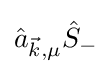
{\hat {a}}_{{\vec {k}},\mu }{\hat {S}}_{-}